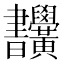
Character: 𣍜